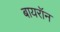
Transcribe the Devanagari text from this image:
बायरॉन